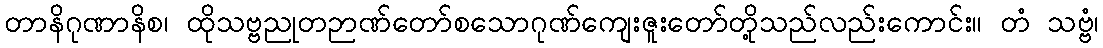
တာနိဂုဏာနိစ၊ ထိုသဗ္ဗညုတဉာဏ်တော်စသောဂုဏ်ကျေးဇူးတော်တို့သည်လည်းကောင်း။ တံ သဗ္ဗံ၊